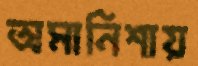
অমানিশায়